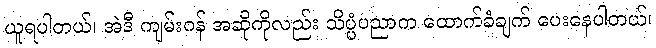
ယူရပါတယ်၊ အဲဒီ ကျမ်းဂန် အဆိုကိုလည်း သိပ္ပံပညာက ထောက်ခံချက် ပေးနေပါတယ်၊